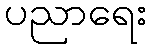
ပညာရေး